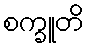
စက္ခူတိ